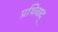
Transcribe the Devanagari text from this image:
प्रथिवाद्